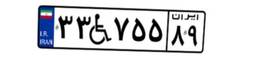
۳۳W۷۵۵۸۹